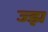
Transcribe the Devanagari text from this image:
ज्झ